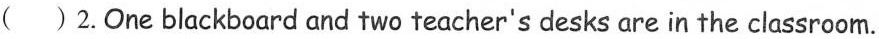
( )2.One blackboard and two teacher's desks are in the classroom.